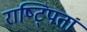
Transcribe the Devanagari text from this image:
राष्ट्पिता